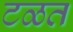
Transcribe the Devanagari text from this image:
टळत